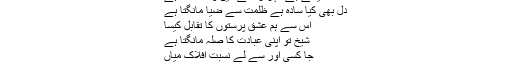
شہزاد نیئر
ایسے بے مہر زمانے میں وفا مانگتا ہے
دل بھی کیا سادہ ہے ظلمت سے ضیا مانگتا ہے
اُس سے ہم عشق پرستوں کا تقابُل کیسا
شیخ تو اپنی عبادت کا صلہ مانگتا ہے
جا کسی اور سے لے نسبتِ افلاک میاں
ہم زمیں زاد فقیروں سے یہ کیا مانگتا ہے
محتسب !